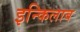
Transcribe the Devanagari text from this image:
इन्किलाब